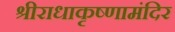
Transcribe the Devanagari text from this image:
श्रीराधाकृष्णामंदिर